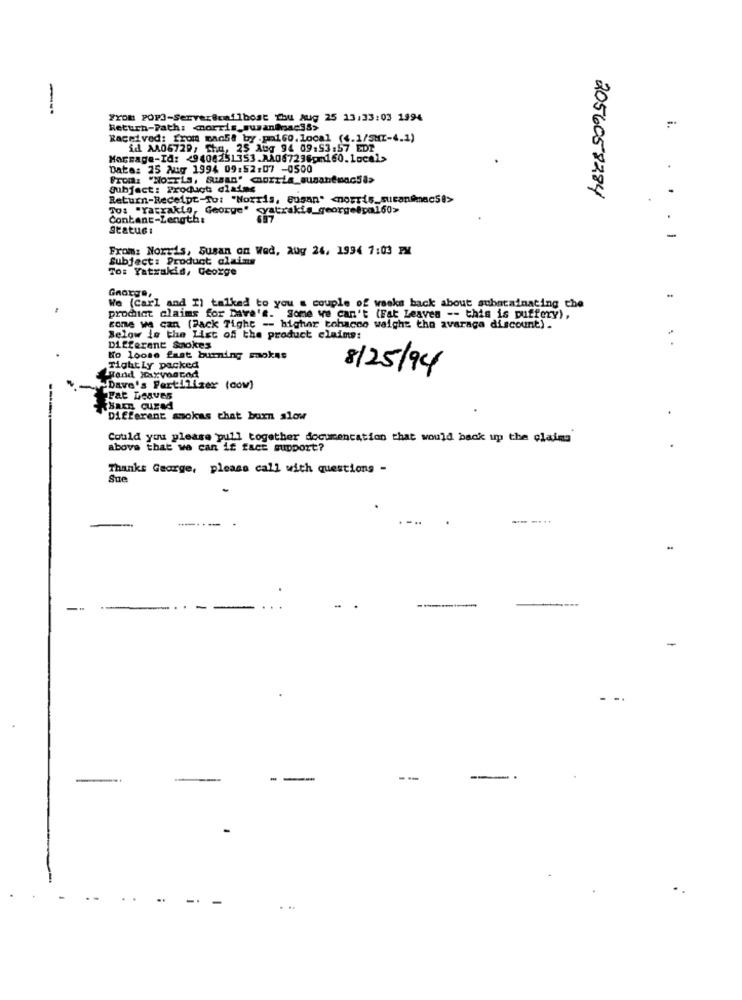
YYoM POPS-ServerBoaflbost Thu aug 25 13:33:03 1994
Return-Path: morris_susan@nacss>
i.
Raceived: from mac58 by .pol60.local ( <. 1/5MI-4.1)
id AA06729, Cha, 25 Aug 94 09:53:57 EDT
Massage-Id: < 9408251353.AA067236pm160.local>
Data: 25 Aug 1994 09:52:07 -0500
subject: Product dlalas
Return-Receipt-To: "Norris, Susan" <norris_sucan@mac58>
2056058284
To: "ratrakto, George" atrakis_george@pal60>
Contant-Length:
status:
-
From: Norris, Susan on Wed, aug 26, 1994 7:03 PM
Subject: Product alaims
To: Yatrakis, George
Gnorge,
We (Carl and I) talked to you a couple of weeks back about subntainating che
prochict claims for Davra's. Some we can't (Fat Leaves -- this is puffery),
cone ws can (Pack Tighe -- higher tobacco weighs the avarage discount) .
Below is the List of the product claims:
Different Sookes
No loose fast burning mokes
TightLy packed
8/25/94
Dave's Fertilizer (cow]
Fat Leaves
KHaEn cured
Different szokas chat burn slow
Could you please pull together documentation that would back up the claims
above that wa can if fact support?
Thanks George, please call with questions -
Sue
-----
--
-
-
--
--
--
-
-.